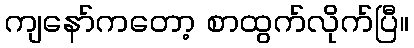
ကျနော်ကတော့ စာထွက်လိုက်ပြီ။